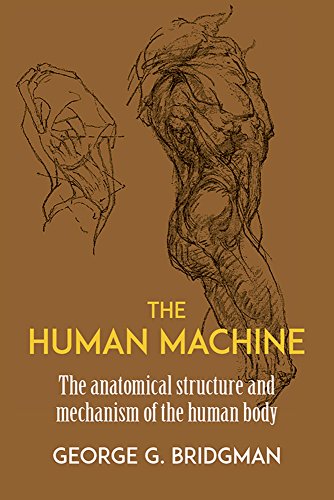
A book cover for The Human Machine (Dover Anatomy for Artists); George B. Bridgman; Arts & Photography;